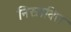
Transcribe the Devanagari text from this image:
निस्रावित